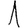
Digit: 1